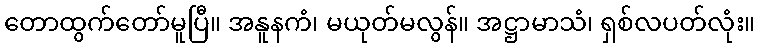
တောထွက်တော်မူပြီ။ အနူနကံ၊ မယုတ်မလွန်။ အဋ္ဌာမာသံ၊ ရှစ်လပတ်လုံး။